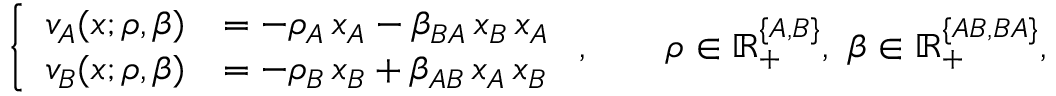
\left\{ \begin{array} { r l } { v _ { A } ( x ; \rho , \beta ) } & { = - \rho _ { A } \, x _ { A } - \beta _ { B A } \, x _ { B } \, x _ { A } } \\ { v _ { B } ( x ; \rho , \beta ) } & { = - \rho _ { B } \, x _ { B } + \beta _ { A B } \, x _ { A } \, x _ { B } } \end{array} \right. , \qquad \rho \in \mathbb { R } _ { + } ^ { \{ A , B \} } , \ \beta \in \mathbb { R } _ { + } ^ { \{ A B , B A \} } ,